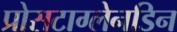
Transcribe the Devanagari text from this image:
प्रोसटाग्लेनडिन